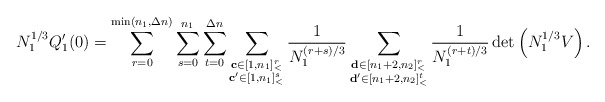
\begin{align*}N_1^{1/3}Q'_1(0)=\sum\limits_{r=0}^{\min(n_1,\Delta n)}\sum\limits_{s=0}^{n_1}\sum\limits_{t=0}^{\Delta n}\sum\limits_{\substack{\mathbf{c}\in [1,n_1]_<^r\\\mathbf{c'}\in [1,n_1]_<^s}}\frac 1{N_1^{(r+s)/3}}\sum\limits_{\substack{\mathbf{d}\in [n_1+2,n_2]_<^{r}\\\mathbf{d'}\in [n_1+2,n_2]_<^t}}\frac 1{N_1^{(r+t)/3}}\det \left(N_1^{1/3}V\right).\end{align*}